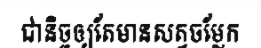
ជានិច្ចឲ្យតែមានសត្វចម្លែក